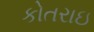
કોતરાઇ